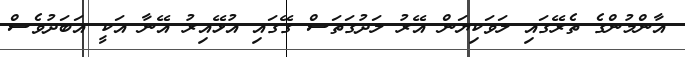
އާންމުންގެ ތެރޭގައި ލަވަކިޔަން އޭރު ލަދުގަތަސް ގޭގައި އުޅޭއިރު އޭނާ އަކީ އަބަދުވެސް